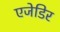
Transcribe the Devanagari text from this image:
एजेडिर